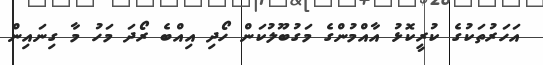
އަހަރުތަކުގެ ކުރީކޮޅު އާއްމުންގެ މަގުބޫލުކަން ހޯދި އިއްބެ ރޯދަ މަހު މާ ގިނައިން